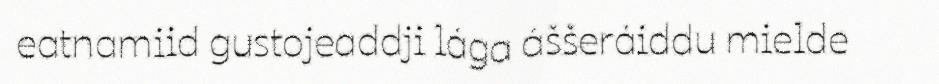
eatnamiid gustojeaddji lága áššeráiddu mielde